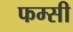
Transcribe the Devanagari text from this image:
फम्सी